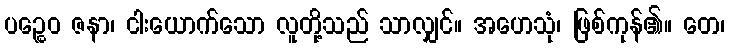
ပဉ္စေဝ ဇနာ၊ ငါးယောက်သော လူတို့သည် သာလျှင်။ အဟေသုံ၊ ဖြစ်ကုန်၏။ တေ၊